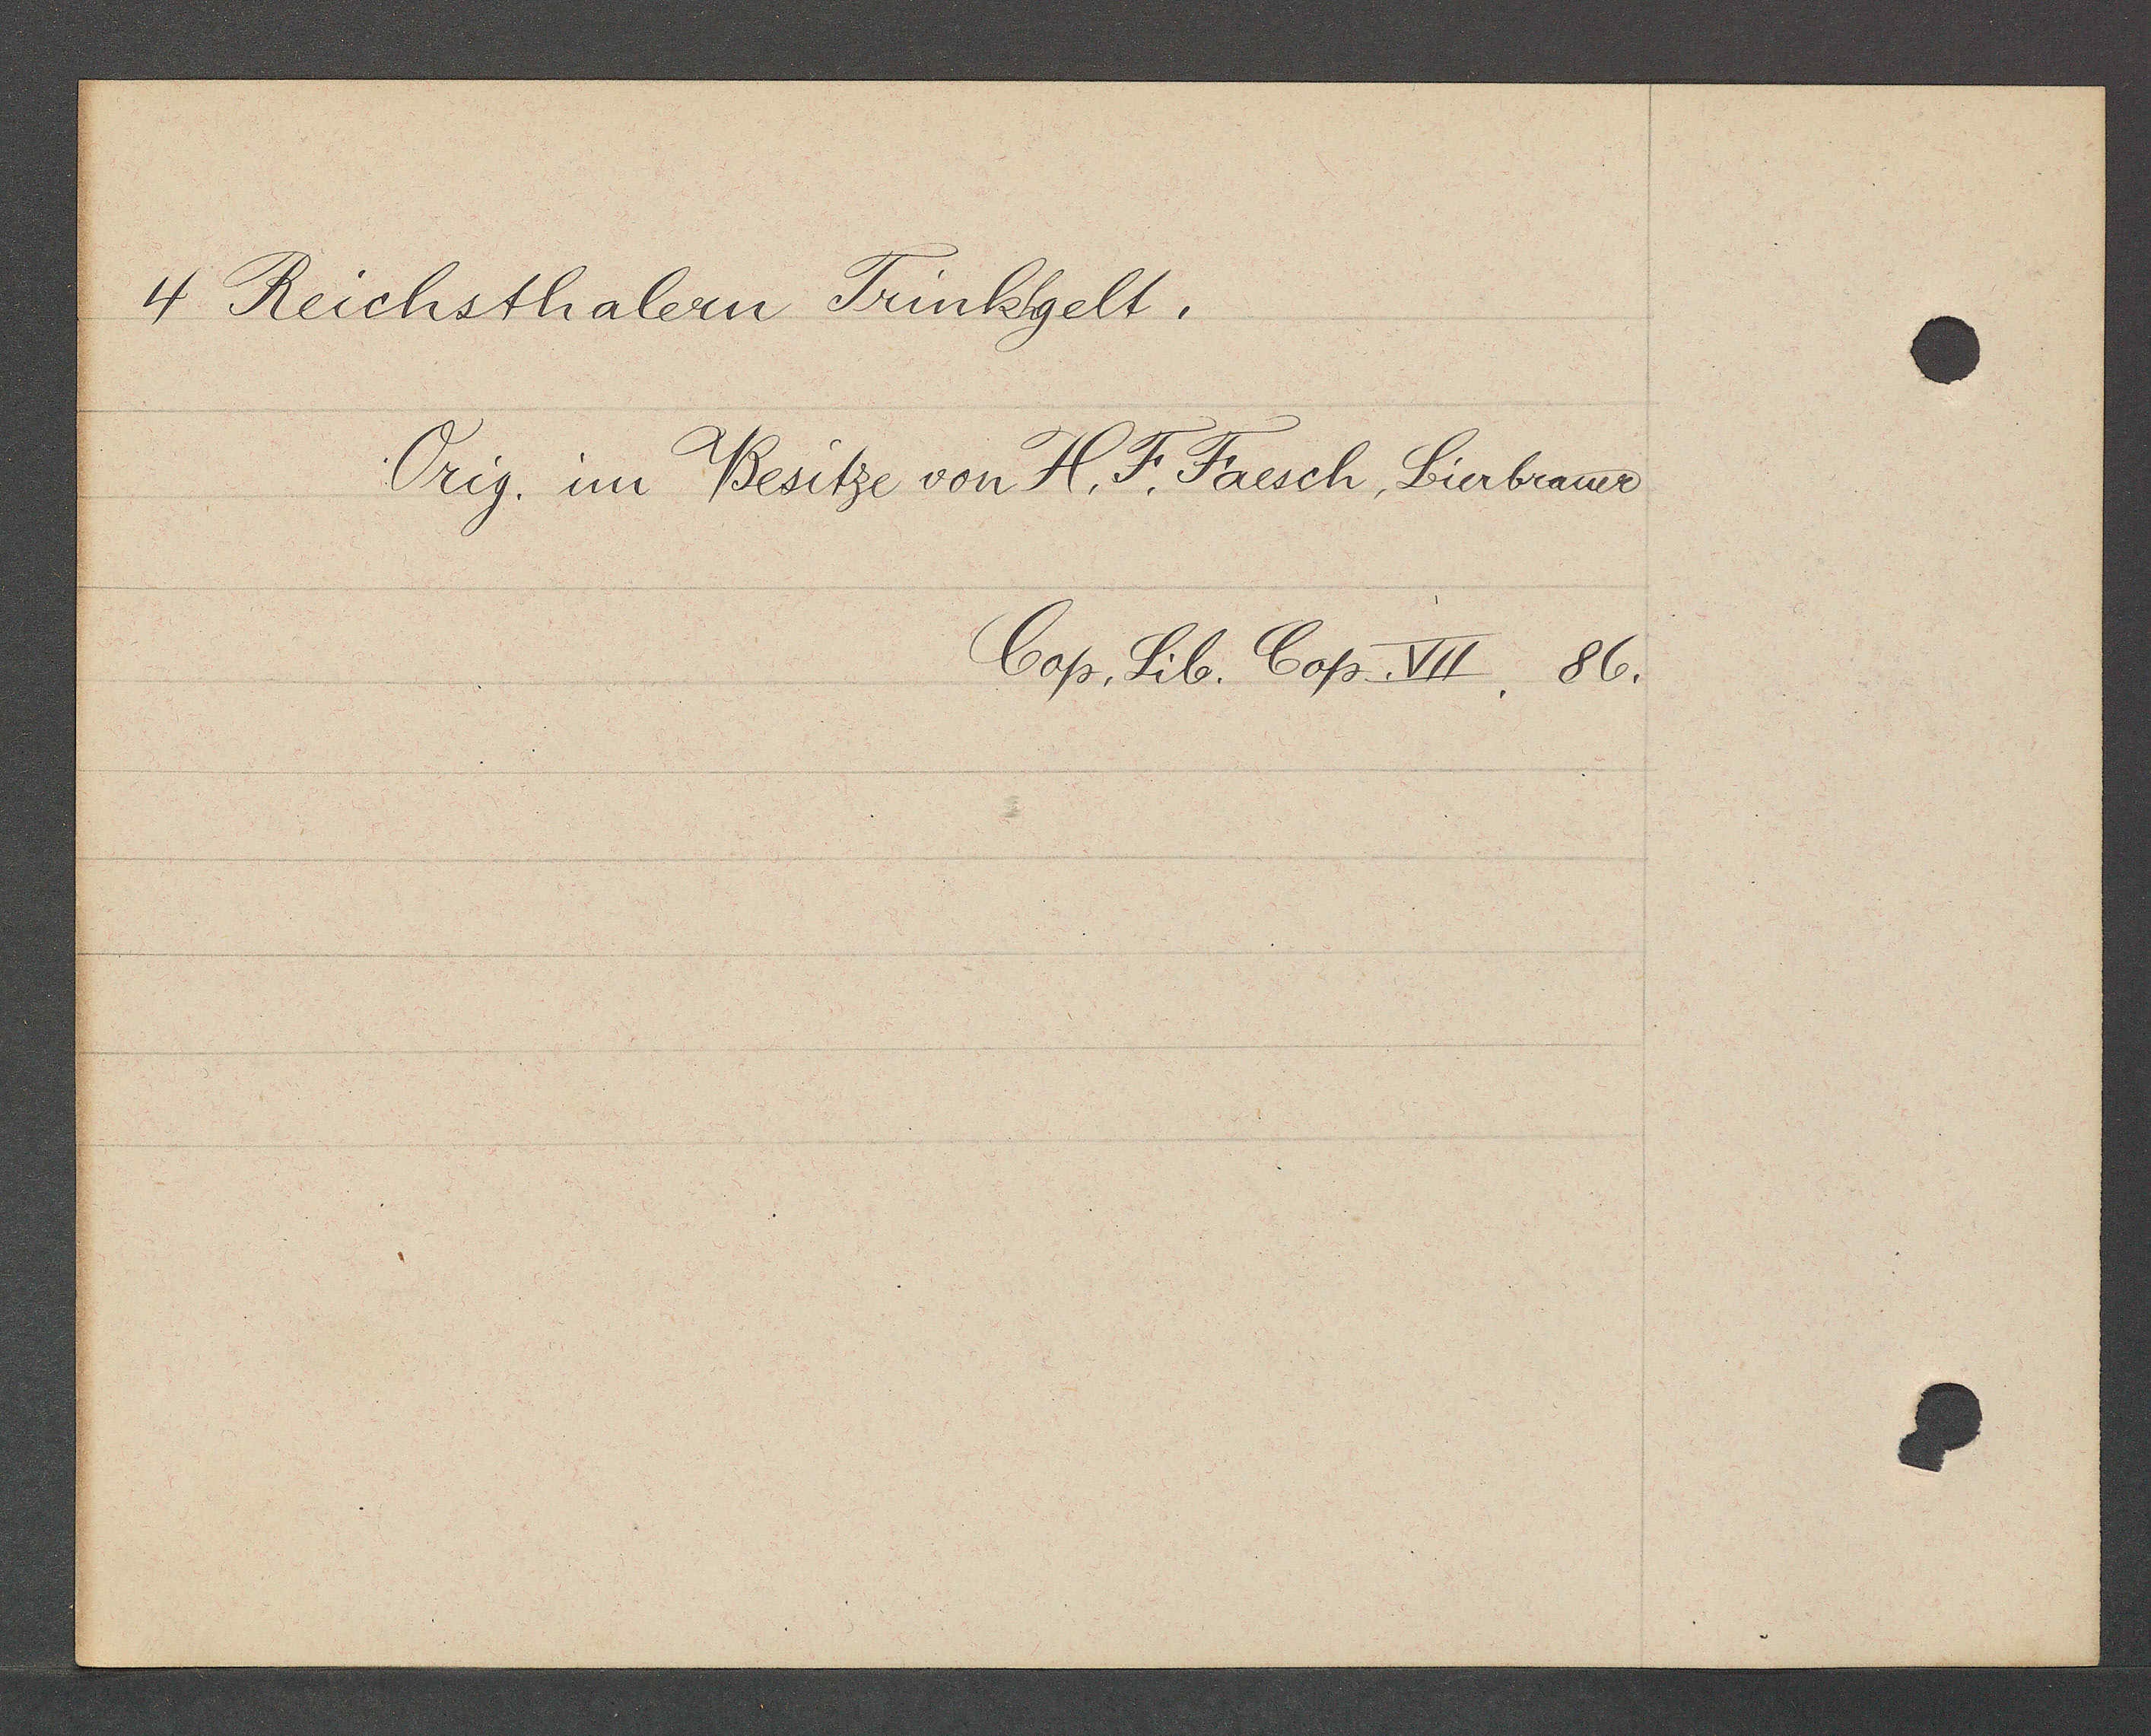
Transcript:
4 Reichsthalern Trinkgelt.
Orig. im Besitze von H. F. Faesch, bierbrauer

Cop. Lib. Cop. VII. 86.